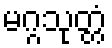
မဂ္ဂသုတ္တံ